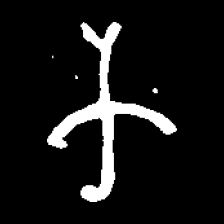
Pyu character \u2014 Myanmar letter: က (romanized: ka)